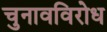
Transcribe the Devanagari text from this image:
चुनावविरोध